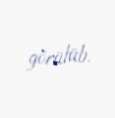
görülüb.